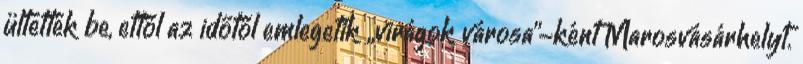
ültették be, ettől az időtől emlegetik „virágok városa”-ként Marosvásárhelyt.